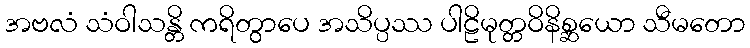
အဗလံ သံဝါသန္တိ ကရိတွာပေ အသိပ္ပဿ ပါဠိမုတ္တဝိနိစ္ဆယော သီမတော